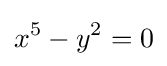
x^{5}-y^{2}=0